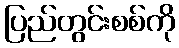
ပြည်တွင်းစစ်ကို